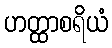
ဟတ္ထာစရိယံ